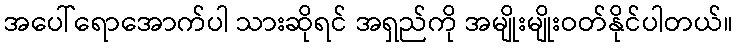
အပေါ်ရောအောက်ပါ သားဆိုရင် အရှည်ကို အမျိုးမျိုးဝတ်နိုင်ပါတယ်။